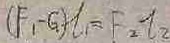
( F _ { 1 } - G ) \tau _ { 2 } = F _ { 2 } \tau _ { 2 }